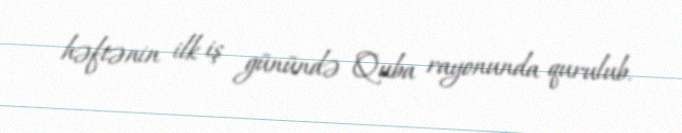
həftənin ilk iş günündə Quba rayonunda qurulub.